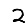
Digit: 2